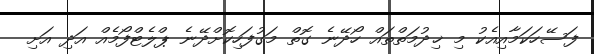
ފަސޭހަކަމާއިއެކު މި ޚިދުމަތްތައް ހޯދޭނެ ގޮތް މަގުފަހިކޮށްދޭނެ ޕްލެޓްފޯމެއް އަދި އަށި